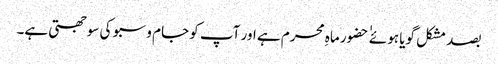
بصد مشکل گویا ہوئے ٰ ٰ حضور ماہِ محرم ہے اور آپ کو جام و سبو کی سوجھتی ہے۔